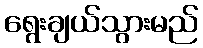
ရွေးချယ်သွားမည်